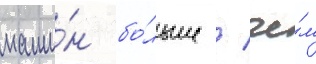
маши́н бо́льше / че́м